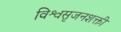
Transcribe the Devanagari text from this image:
विश्वसृजनशक्ती